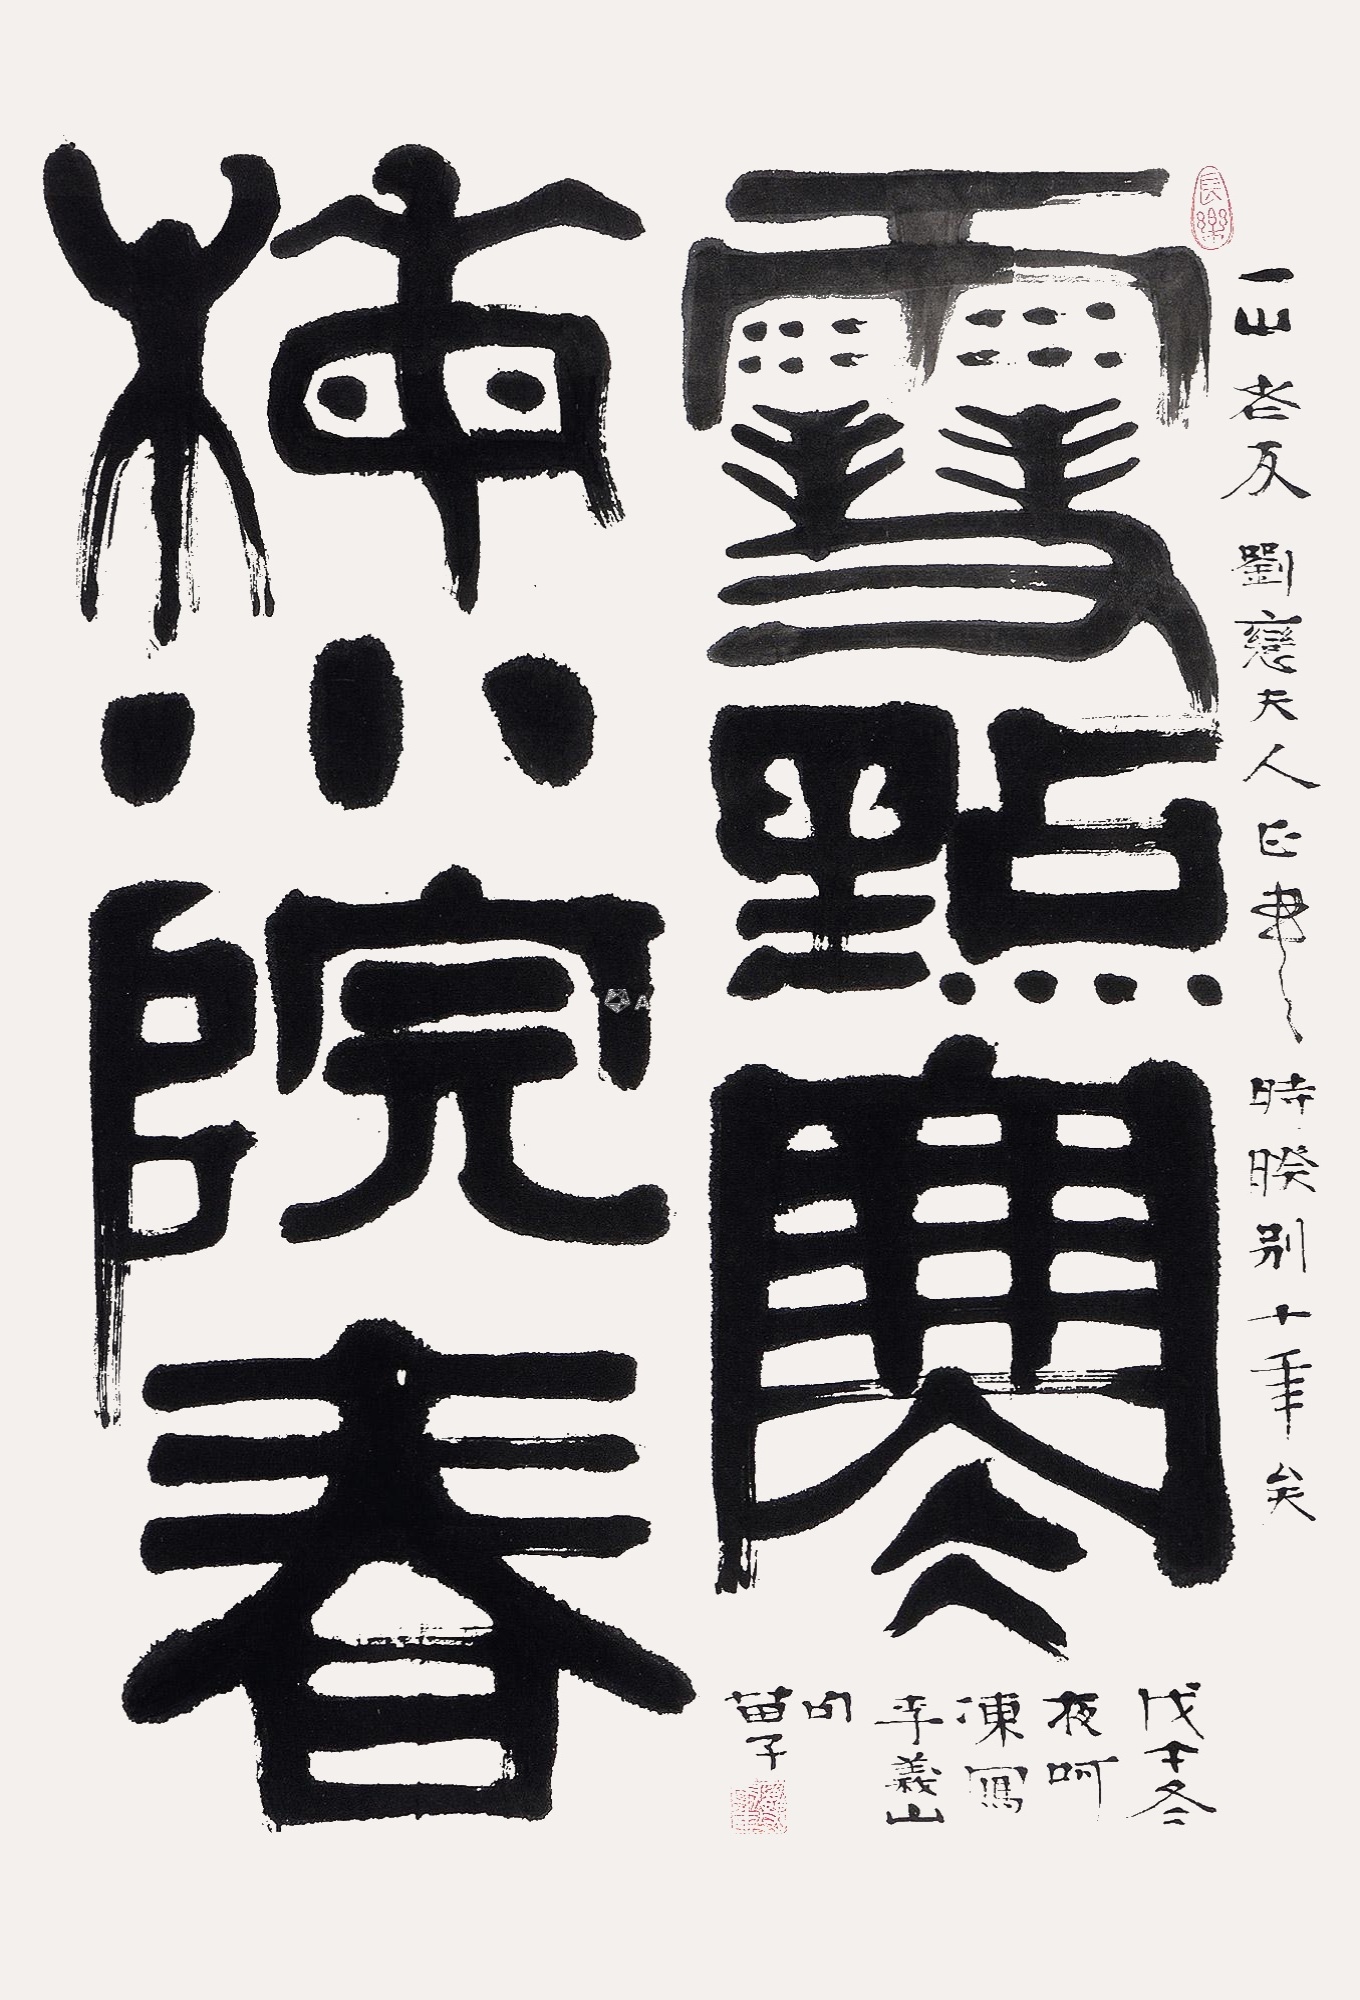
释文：雪点寒梅小院春。一山老友刘恋夫人正书。时睽别十年矣。戊午冬夜，呵冻写李义山句。苗子。